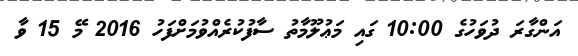
އަންގާރަ ދުވަހުގެ 10:00 ގައި މަޢުލޫމާތު ސާފުކުރެއްވުމަށްފަހު 2016 މޭ 15 ވާ